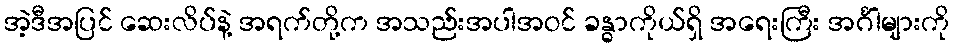
အဲ့ဒီအပြင် ဆေးလိပ်နဲ့ အရက်တို့က အသည်းအပါအဝင် ခန္ဓာကိုယ်ရှိ အရေးကြီး အင်္ဂါများကို